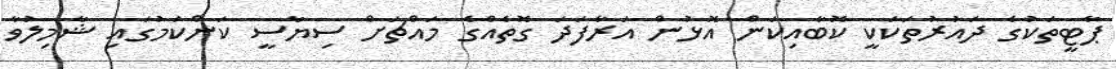
ޕާޓީތަކުގެ ދައުރުތަކަކީ ކޮބާއިކަން އޮޅުން އަރާފަދަ ގޮތެއްގެ މައްޗަށް ސިޔާސީ ކަންކަމުގައި ޝާމިލުވާ